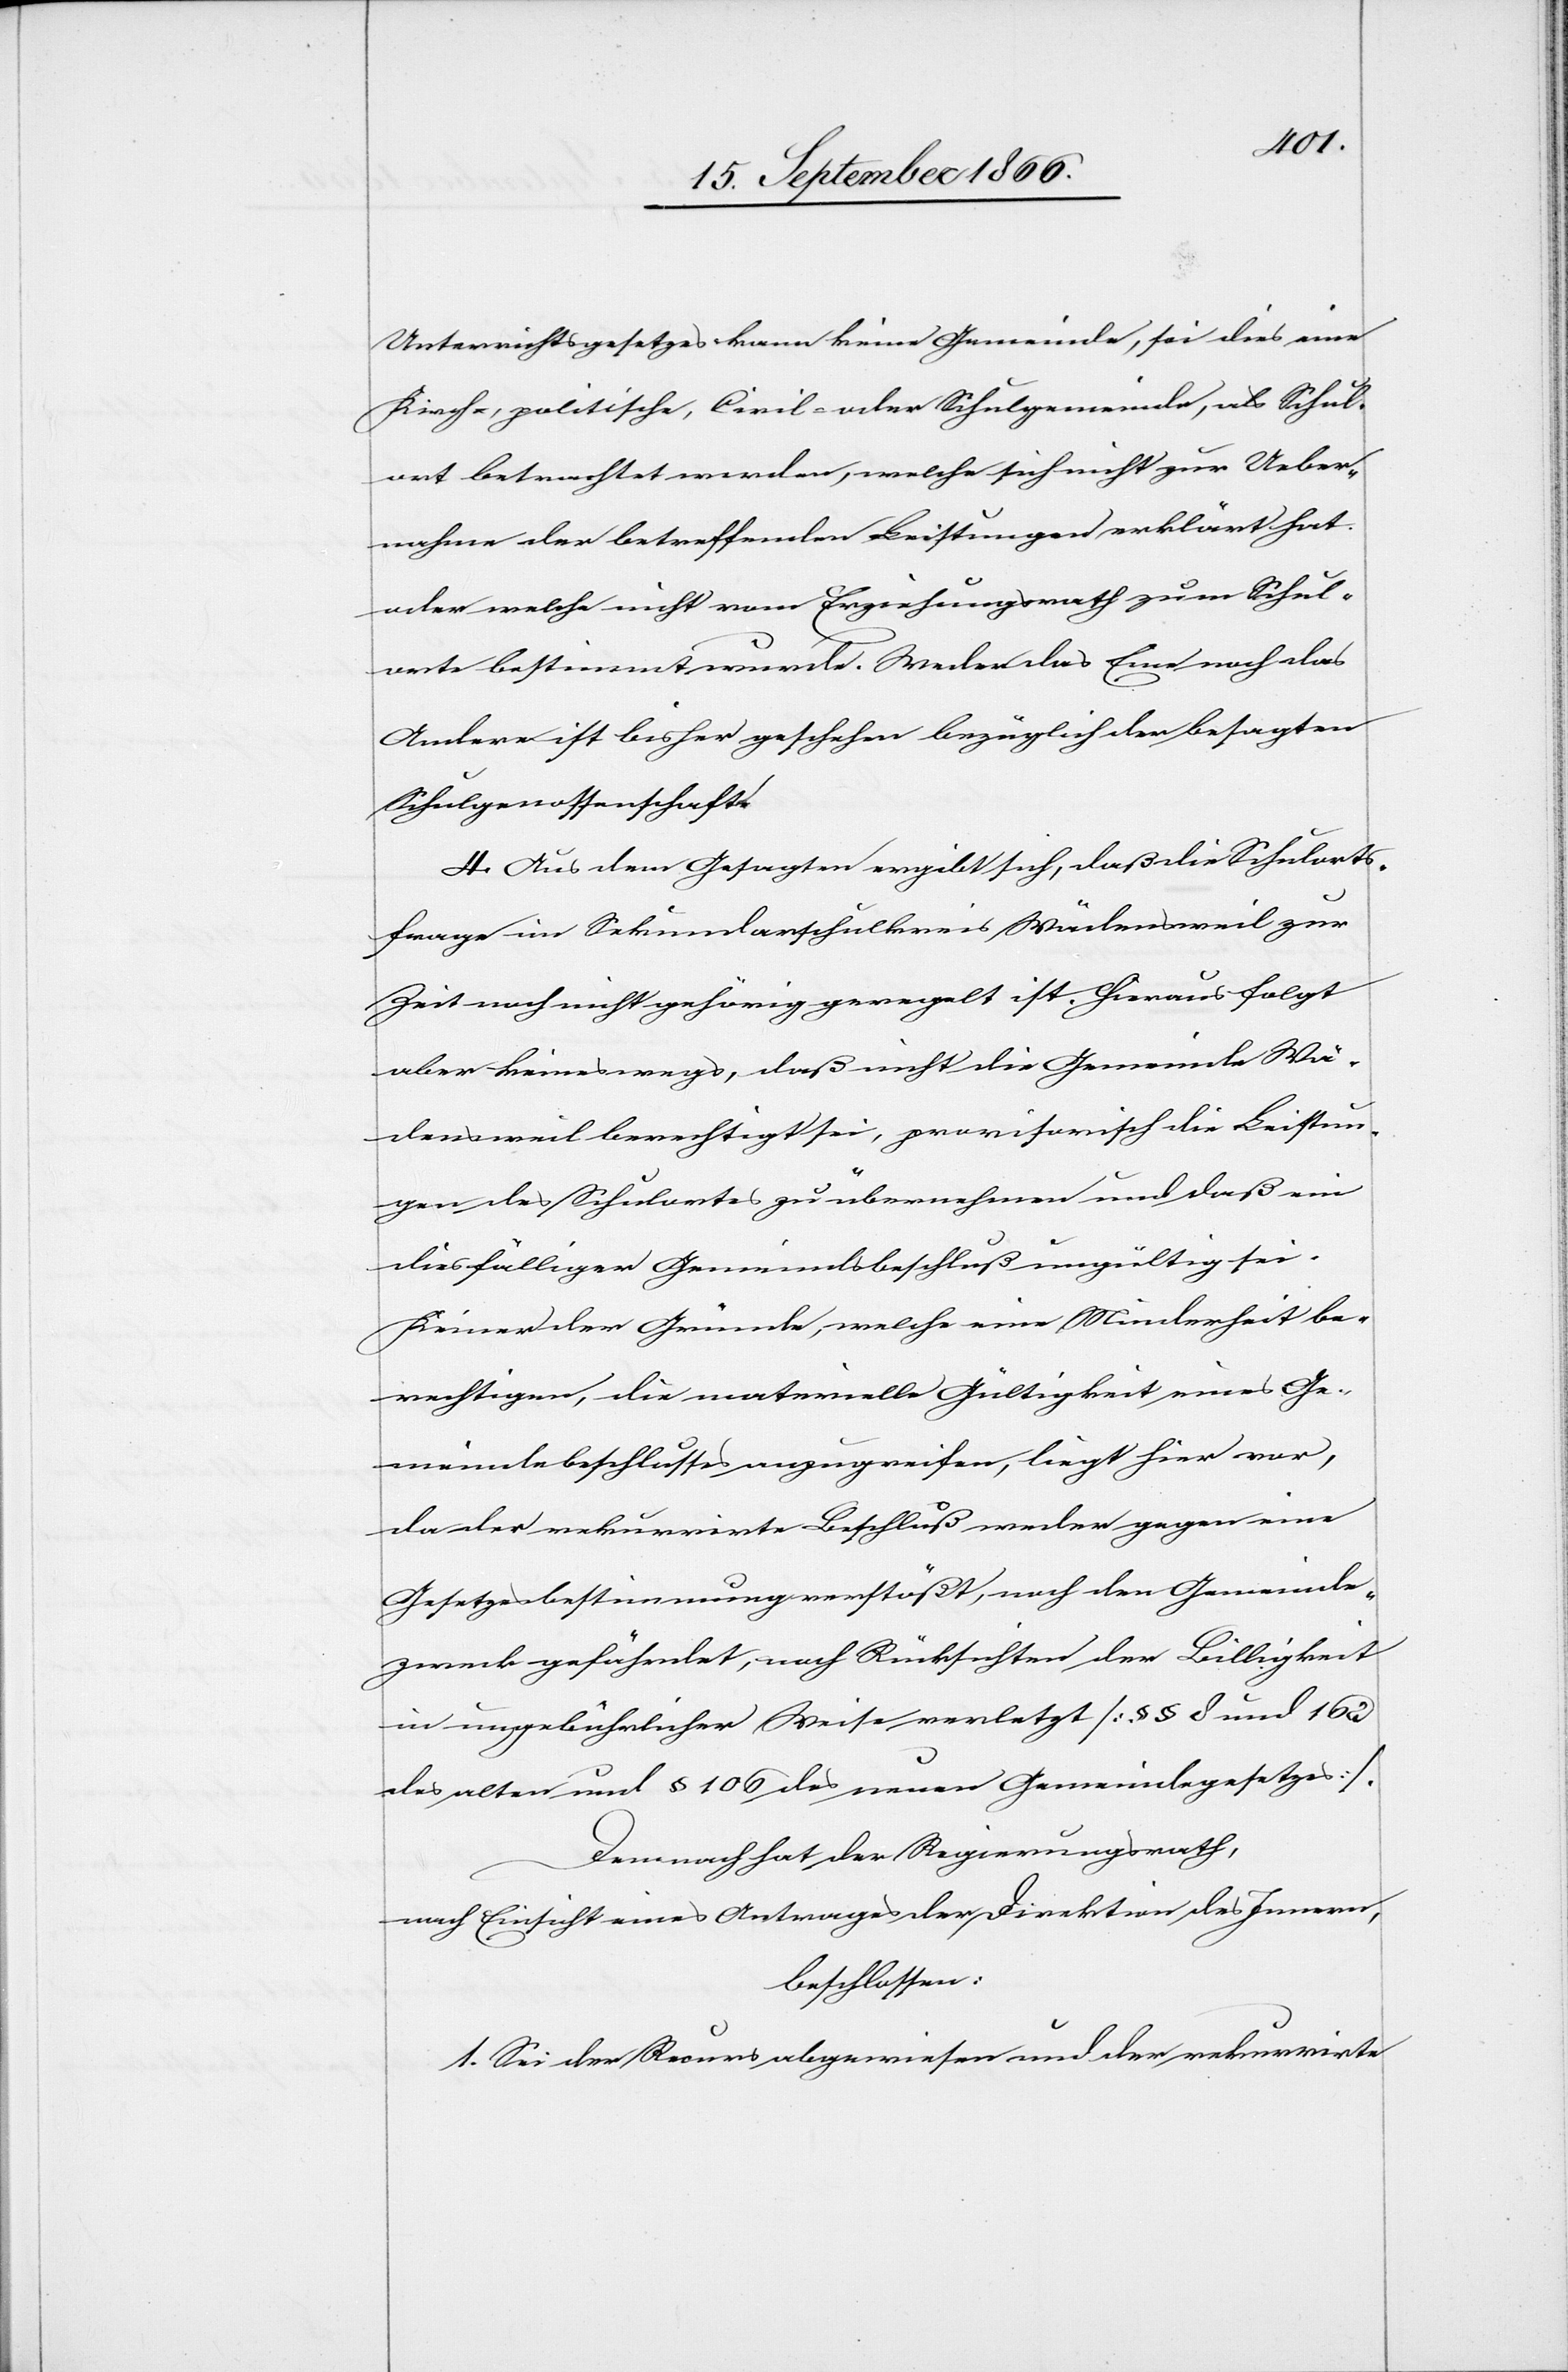
Unterrichtsgesetzes kann keine Gemeinde, sei dies eine
Kirch-, politische, Civil- oder Schulgemeinde, als Schul¬
ort betrachtet werden, welche sich nicht zur Ueber¬
nahme der betreffenden Leistungen erklärt hat,
oder welche nicht vom Erziehungsrath zum Schul¬
orte bestimmt wurde. Weder das Eine noch das
Andere ist bisher geschehen bezüglich der besagten
Schulgenossenschaft.
4. Aus dem Gesagten ergibt sich, daß die Schulorts¬
frage im Sekundarschulkreis Wädensweil zur
Zeit noch nicht gehörig geregelt ist. Hieraus folgt
aber keineswegs, daß nicht die Gemeinde Wä¬
densweil berechtigt ist, provisorisch die Leistun¬
gen des Schulorts zu übernehmen und daß ein
diesfälliger Gemeindsbeschluß ungültig sei.
Keiner der Gründe, welche eine Minderheit be¬
rechtigen, die materielle Gültigkeit eines Ge¬
meindsbeschlusses anzuzweifeln, liegt hier vor,
da der rekurrirte Beschluß weder gegen eine
Gesetzbestimmung verstößt, noch den Gemeinde¬
zweck gefährdet, nach Rücksichten der Billigkeit
in ungebührlicher Weise verletzt [§ § 8 und 162
des alten und § 106 des neuen Gemeindegesetzes].
Demnach hat der Regierungsrath,
nach Einsicht eines Antrages der Direktion des Innern,
beschlossen:
1. Sei der Recurs abgewiesen und der rekurrirte